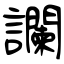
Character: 讕